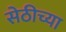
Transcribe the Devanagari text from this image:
सेठीच्या